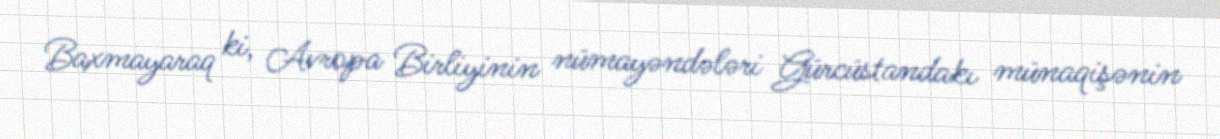
Baxmayaraq ki, Avropa Birliyinin nümayəndələri Gürcüstandakı münaqişənin